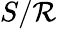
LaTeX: S/\mathcal{R}